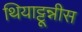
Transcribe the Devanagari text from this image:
थियाट्टून्नीस